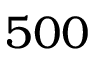
5 0 0